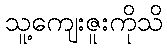
သူ့ကျေးဇူးကိုသိ